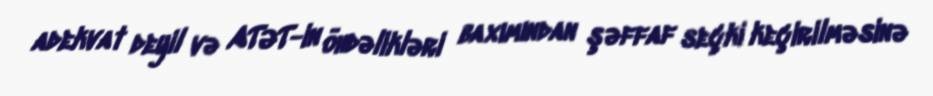
adekvat deyil və ATƏT-in öhdəlikləri baxımından şəffaf seçki keçirilməsinə